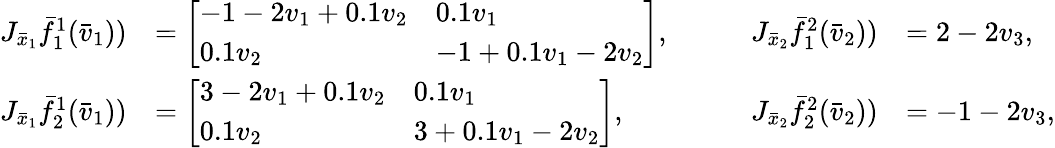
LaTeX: \begin{array}{rlrl}{J_{\bar{x}_{1}}\bar{f}_{1}^{1}(\bar{v}_{1}))}&{=\left[\begin{array}{ll}{-1-2v_{1}+0.1v_{2}}&{0.1v_{1}}\\ {0.1v_{2}}&{-1+0.1v_{1}-2v_{2}}\end{array}\right],}&{\qquad J_{\bar{x}_{2}}\bar{f}_{1}^{2}(\bar{v}_{2}))}&{=2-2v_{3},}\\ {J_{\bar{x}_{1}}\bar{f}_{2}^{1}(\bar{v}_{1}))}&{=\left[\begin{array}{ll}{3-2v_{1}+0.1v_{2}}&{0.1v_{1}}\\ {0.1v_{2}}&{3+0.1v_{1}-2v_{2}}\end{array}\right],}&{\qquad J_{\bar{x}_{2}}\bar{f}_{2}^{2}(\bar{v}_{2}))}&{=-1-2v_{3},}\end{array}